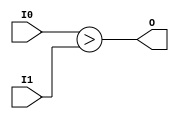
module coreir_ugt8_wrapped (
    input [7:0] I0,
    input [7:0] I1,
    output O
);
assign O = I0 > I1;
endmodule